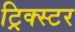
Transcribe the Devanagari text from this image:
ट्रिक्स्टर